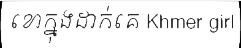
ខោក្នុងដាក់គេ Khmer girl